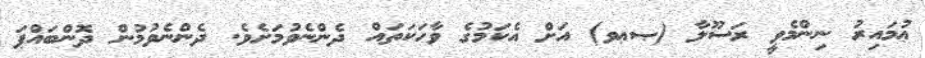
ޢުމައިރު ނިންމެވީ ރަސޫލާ (ޞޢވ) އަށް އެކަމުގެ ވާހަކަތައް ދެންނެވުމަށެވެ. ދެންނެވުމުން ދޮންބައްޕަ